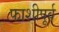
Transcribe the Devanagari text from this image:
फाशीपूर्व